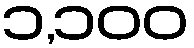
၁,၁၀၀